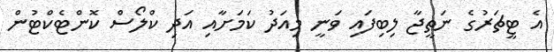
އެ ޓީޗަރުގެ ނަތީޖާ ލިބިފައި ވަނީ މިއަދު ކަމަށާއި އަދި ކްލޯސް ކޮންޓެކްޓުން